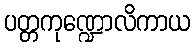
ပတ္တကုဏ္ဍောလိကာယ